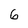
Character: 6